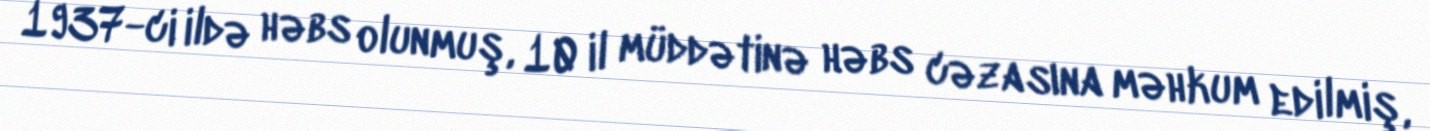
1937-ci ildə həbs olunmuş, 10 il müddətinə həbs cəzasına məhkum edilmiş,